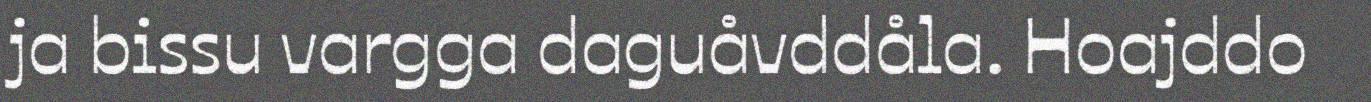
ja bissu vargga daguåvddåla. Hoajddo